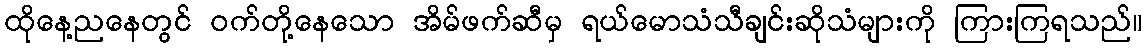
ထိုနေ့ညနေတွင် ဝက်တို့နေသော အိမ်ဖက်ဆီမှ ရယ်မောသံသီချင်းဆိုသံများကို ကြားကြရသည်။